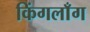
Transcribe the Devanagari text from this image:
किंगलाँग